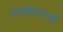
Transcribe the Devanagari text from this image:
दत्तकविधानाआधी